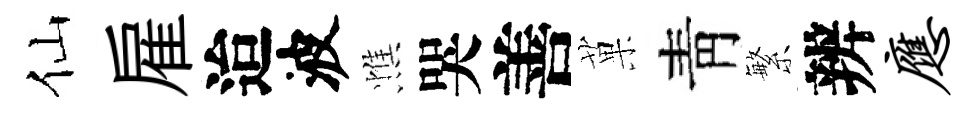
仙雇迨波憔哭善菓靑繁辨应